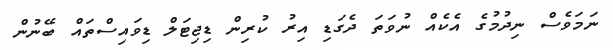
ނަމަވެސް ނިދުމުގެ އެކެއް ނުވަތަ ދެގަޑި އިރު ކުރިން ޑިޖިޓަލް ޑިވައިސްތައް ބޭނުން